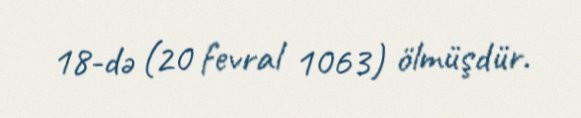
18-də (20 fevral 1063) ölmüşdür.